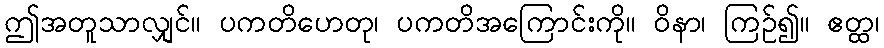
ဤအတူသာလျှင်။ ပကတိဟေတု၊ ပကတိအကြောင်းကို။ ဝိနာ၊ ကြဉ်၍။ ဧတ္ထ၊